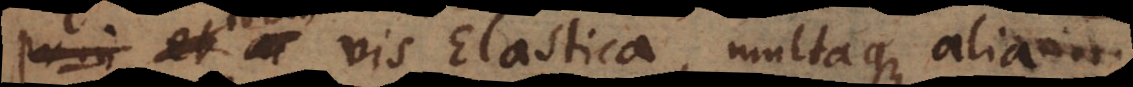
em vis Elastica, multaque alia